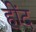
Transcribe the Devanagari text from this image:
हींद